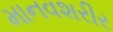
માનવશરીર